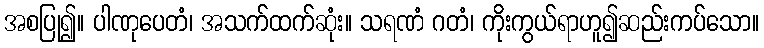
အစပြု၍။ ပါဏုပေတံ၊ အသက်ထက်ဆုံး။ သရဏံ ဂတံ၊ ကိုးကွယ်ရာဟူ၍ဆည်းကပ်သော။